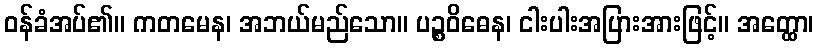
ဝန်ခံအပ်၏။ ကတမေန၊ အဘယ်မည်သော။ ပဉ္စဝိဓေန၊ ငါးပါးအပြားအားဖြင့်။ အတ္ထော၊